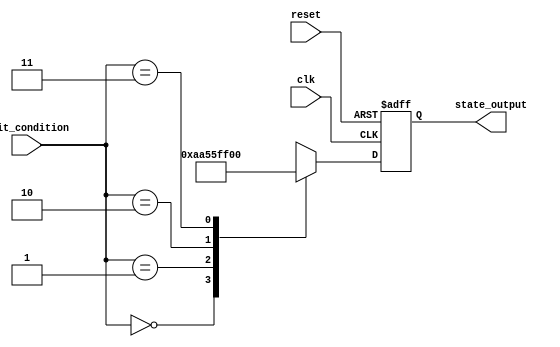
module ConditionalInitialization (
    input wire clk,                // Clock input
    input wire reset,              // Asynchronous reset
    input wire [1:0] init_condition, // 2-bit input for initialization conditions
    output reg [7:0] state_output   // 8-bit output reflecting the initialized state
);

// Internal registers to hold the state
reg [7:0] state_reg;

// Define initialization parameters based on conditions
localparam INIT_STATE_0 = 8'hAA; // Example state for condition 0
localparam INIT_STATE_1 = 8'h55; // Example state for condition 1
localparam INIT_STATE_2 = 8'hFF; // Example state for condition 2
localparam INIT_STATE_3 = 8'h00; // Example state for condition 3

// Sequential logic for state initialization and updates
always @(posedge clk or posedge reset) begin
    if (reset) begin
        // Reset condition: Set to a known default state
        state_reg <= 8'h00;
    end else begin
        // Conditional initialization based on input condition
        case (init_condition)
            2'b00: state_reg <= INIT_STATE_0; // Initialize to state 0
            2'b01: state_reg <= INIT_STATE_1; // Initialize to state 1
            2'b10: state_reg <= INIT_STATE_2; // Initialize to state 2
            2'b11: state_reg <= INIT_STATE_3; // Initialize to state 3
            default: state_reg <= 8'h00;       // Default case
        endcase
    end
end

// Output logic: Reflect the current state
always @(*) begin
    state_output = state_reg;
end

endmodule